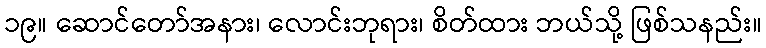
၁၉။ ဆောင်တော်အနား၊ လောင်းဘုရား၊ စိတ်ထား ဘယ်သို့ ဖြစ်သနည်း။